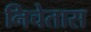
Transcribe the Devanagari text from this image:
निचेतास